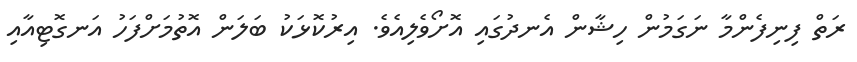
ރަތް ފިނިފެންމާ ނަގަމުން ހިޝާން އެނދުގައި އޮށޯވެލިއެވެ. އިރުކޮޅަކު ބަލަން އޮތުމަށްފަހު އަނގޮޓިއާއި